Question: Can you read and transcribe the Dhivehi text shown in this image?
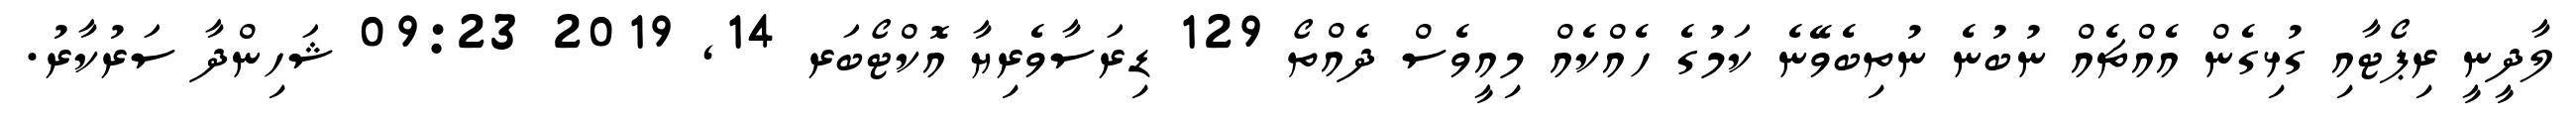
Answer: ލާދީނީ ރިޕޯޓާއި ގުޅިގެން އެއްޗެއް ނުބުނެ ނުތިބެވޭނެ ކަމުގެ ހެއްކެއް މިއީވެސް ދެއްތޯ 129 ޑިރަސާވެރިޔާ އޮކްޓޯބަރ 14, 2019 09:23 ޝަހިންދާ ސަރުކާރު.